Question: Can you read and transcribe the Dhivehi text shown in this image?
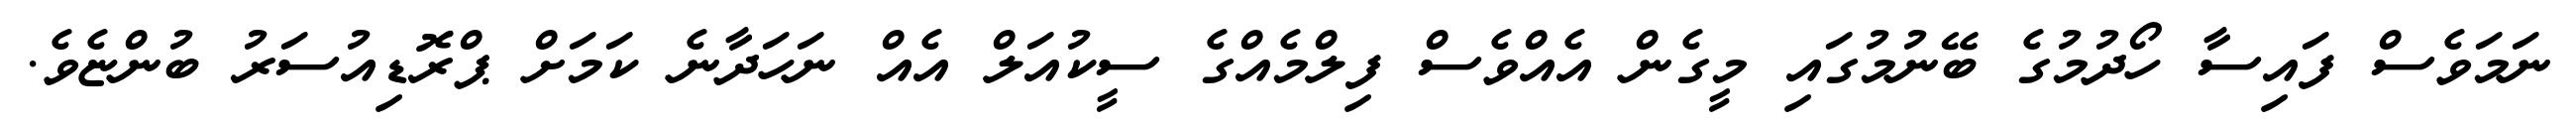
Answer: ނަމަވެސް ފައިސާ ހޯދުމުގެ ބޭނުމުގައި މީގެން އެއްވެސް ފިލްމެއްގެ ސީކުއަލް އެއް ނަހަދާނެ ކަމަށް ޕްރޮޑިއުސަރު ބުންޏެވެ.